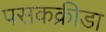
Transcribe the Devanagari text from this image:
पसकक्रीडा